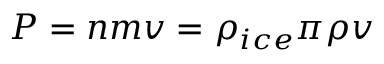
\boldsymbol { P } = n m \boldsymbol { v } = \rho _ { i c e } \pi \rho \boldsymbol { v }